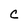
Character: C